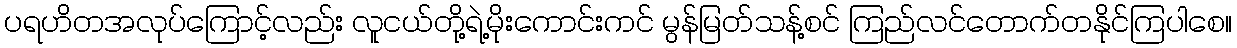
ပရဟိတအလုပ်ကြောင့်လည်း လူငယ်တို့ရဲ့မိုးကောင်းကင် မွန်မြတ်သန့်စင် ကြည်လင်တောက်တနိုင်ကြပါစေ။